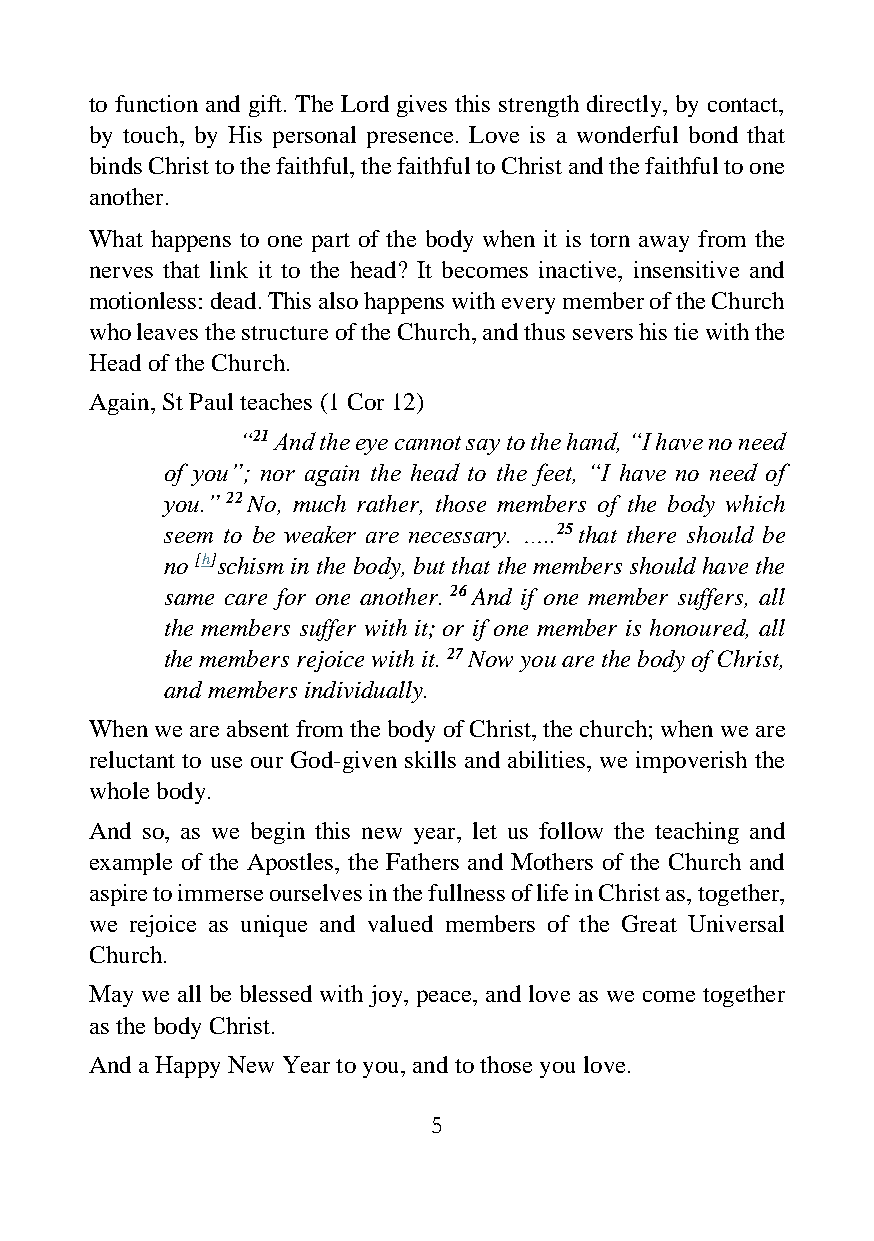
to function and gift. The Lord gives this strength directly, by contact,
 by touch, by His personal presence. Love is a wonderful bond that
 binds Christ to the faithful, the faithful to Christ and the faithful to one
 another.
 What happens to one part of the body when it is torn away from the
 nerves that link it to the head? It becomes inactive, insensitive and
 motionless: dead. This also happens with every member of the Church
 who leaves the structure of the Church, and thus severs his tie with the
 Head of the Church.
 Again, St Paul teaches (1 Cor 12)
 “21 And the eye cannot say to the hand, “I have no need
 of you”; nor again the head to the feet, “I have no need of
 you.” 22 No, much rather, those members of the body which
 seem to be weaker are necessary. …..25 that there should be
 no [h]schism in the body, but that the members should have the
 same care for one another. 26 And if one member suffers, all
 the members suffer with it; or if one member is honoured, all
 the members rejoice with it. 27 Now you are the body of Christ,
 and members individually.
 When we are absent from the body of Christ, the church; when we are
 reluctant to use our God-given skills and abilities, we impoverish the
 whole body.
 And so, as we begin this new year, let us follow the teaching and
 example of the Apostles, the Fathers and Mothers of the Church and
 aspire to immerse ourselves in the fullness of life in Christ as, together,
 we rejoice as unique and valued members of the Great Universal
 Church.
 May we all be blessed with joy, peace, and love as we come together
 as the body Christ.
 And a Happy New Year to you, and to those you love.
 5